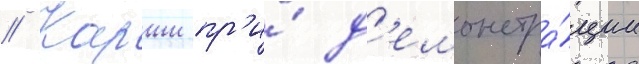
// Карши пр'и́ д'емонстра́ции